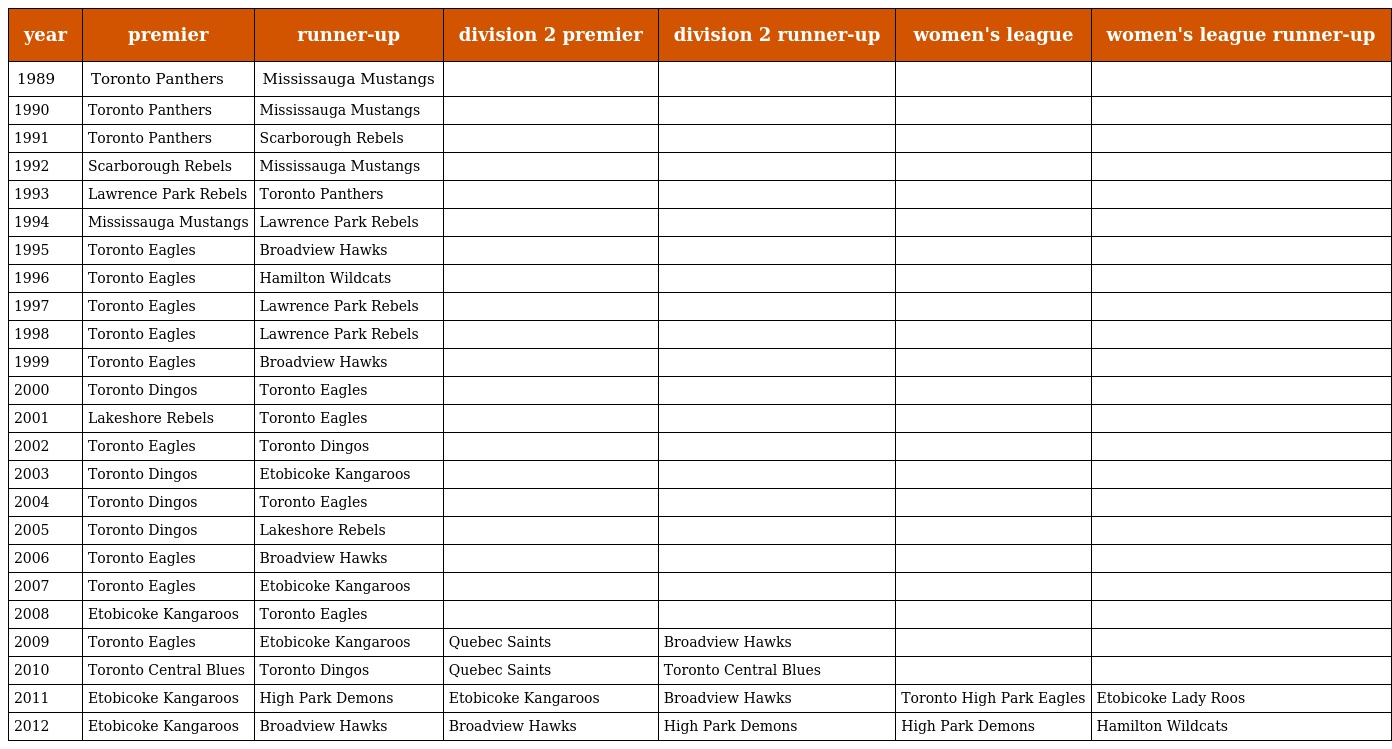
| year | premier | runner-up | division 2 premier | division 2 runner-up | women's league | women's league runner-up |
 | --- | --- | --- | --- | --- | --- | --- |
 | 1989 | Toronto Panthers | Mississauga Mustangs |  |  |  |  |
 | 1990 | Toronto Panthers | Mississauga Mustangs |  |  |  |  |
 | 1991 | Toronto Panthers | Scarborough Rebels |  |  |  |  |
 | 1992 | Scarborough Rebels | Mississauga Mustangs |  |  |  |  |
 | 1993 | Lawrence Park Rebels | Toronto Panthers |  |  |  |  |
 | 1994 | Mississauga Mustangs | Lawrence Park Rebels |  |  |  |  |
 | 1995 | Toronto Eagles | Broadview Hawks |  |  |  |  |
 | 1996 | Toronto Eagles | Hamilton Wildcats |  |  |  |  |
 | 1997 | Toronto Eagles | Lawrence Park Rebels |  |  |  |  |
 | 1998 | Toronto Eagles | Lawrence Park Rebels |  |  |  |  |
 | 1999 | Toronto Eagles | Broadview Hawks |  |  |  |  |
 | 2000 | Toronto Dingos | Toronto Eagles |  |  |  |  |
 | 2001 | Lakeshore Rebels | Toronto Eagles |  |  |  |  |
 | 2002 | Toronto Eagles | Toronto Dingos |  |  |  |  |
 | 2003 | Toronto Dingos | Etobicoke Kangaroos |  |  |  |  |
 | 2004 | Toronto Dingos | Toronto Eagles |  |  |  |  |
 | 2005 | Toronto Dingos | Lakeshore Rebels |  |  |  |  |
 | 2006 | Toronto Eagles | Broadview Hawks |  |  |  |  |
 | 2007 | Toronto Eagles | Etobicoke Kangaroos |  |  |  |  |
 | 2008 | Etobicoke Kangaroos | Toronto Eagles |  |  |  |  |
 | 2009 | Toronto Eagles | Etobicoke Kangaroos | Quebec Saints | Broadview Hawks |  |  |
 | 2010 | Toronto Central Blues | Toronto Dingos | Quebec Saints | Toronto Central Blues |  |  |
 | 2011 | Etobicoke Kangaroos | High Park Demons | Etobicoke Kangaroos | Broadview Hawks | Toronto High Park Eagles | Etobicoke Lady Roos |
 | 2012 | Etobicoke Kangaroos | Broadview Hawks | Broadview Hawks | High Park Demons | High Park Demons | Hamilton Wildcats |